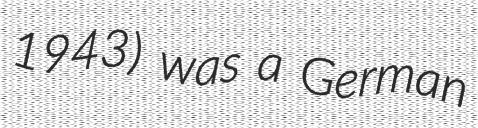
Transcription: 1943) was a German